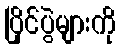
ပြိုင်ပွဲများကို